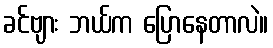
ခင်ဗျား ဘယ်က ပြောနေတာလဲ။